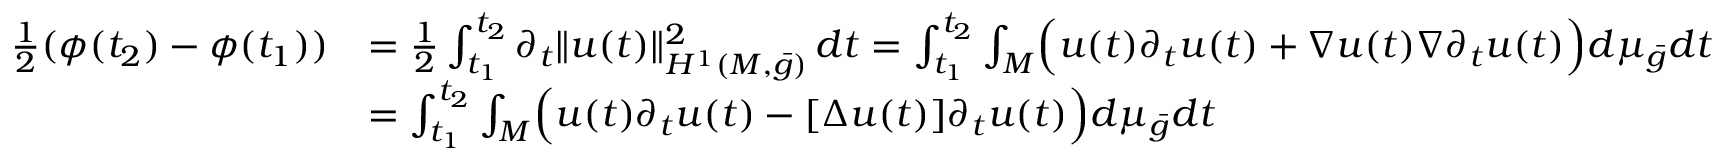
\begin{array} { r l } { \frac { 1 } { 2 } ( \phi ( t _ { 2 } ) - \phi ( t _ { 1 } ) ) } & { = \frac { 1 } { 2 } \int _ { t _ { 1 } } ^ { t _ { 2 } } \partial _ { t } \| u ( t ) \| _ { H ^ { 1 } ( M , \bar { g } ) } ^ { 2 } \, d t = \int _ { t _ { 1 } } ^ { t _ { 2 } } \int _ { M } \Bigl ( u ( t ) \partial _ { t } u ( t ) + \nabla u ( t ) \nabla \partial _ { t } u ( t ) \Bigr ) d \mu _ { \bar { g } } d t } \\ & { = \int _ { t _ { 1 } } ^ { t _ { 2 } } \int _ { M } \Bigl ( u ( t ) \partial _ { t } u ( t ) - [ \Delta u ( t ) ] \partial _ { t } u ( t ) \Bigr ) d \mu _ { \bar { g } } d t } \end{array}